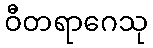
ဝီတရာဂေသု